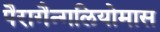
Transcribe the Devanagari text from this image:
पैरागैन्गलियोमास